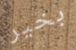
بخير